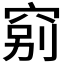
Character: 𥦂